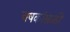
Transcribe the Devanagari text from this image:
चषकांसाठी